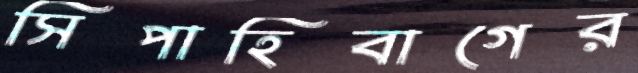
সিপাহিবাগের